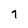
Character: 7